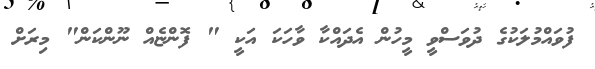
ފުވައްމުލަކުގެ ދުވަސްވީ މީހުން އެދައްކާ ވާހަކަ އަކީ " ފޮންޏެއް ނޫންކަން" މިރަށް